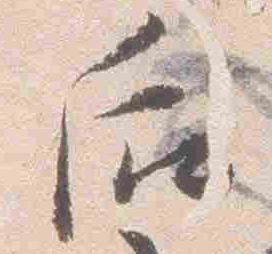
后